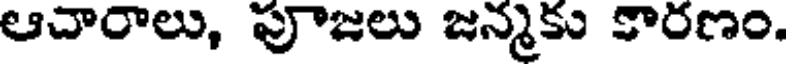
ఆచారాలు, పూజలు జన్మకు కారణం.